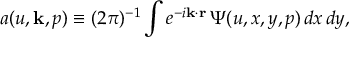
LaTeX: a ( u , { \bf k } , p ) \equiv ( 2 \pi ) ^ { - 1 } \int e ^ { - i { \bf k \cdot r } } \, { \mit \Psi } ( u , x , y , p ) \, d x \, d y ,